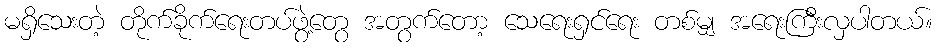
မရှိသေးတဲ့ တိုက်ခိုက်ရေးတပ်ဖွဲ့တွေ အတွက်တော့ သေရေးရှင်ရေး တစ်မျှ အရေးကြီးလှပါတယ်။